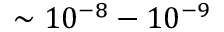
\sim 1 0 ^ { - 8 } - 1 0 ^ { - 9 }